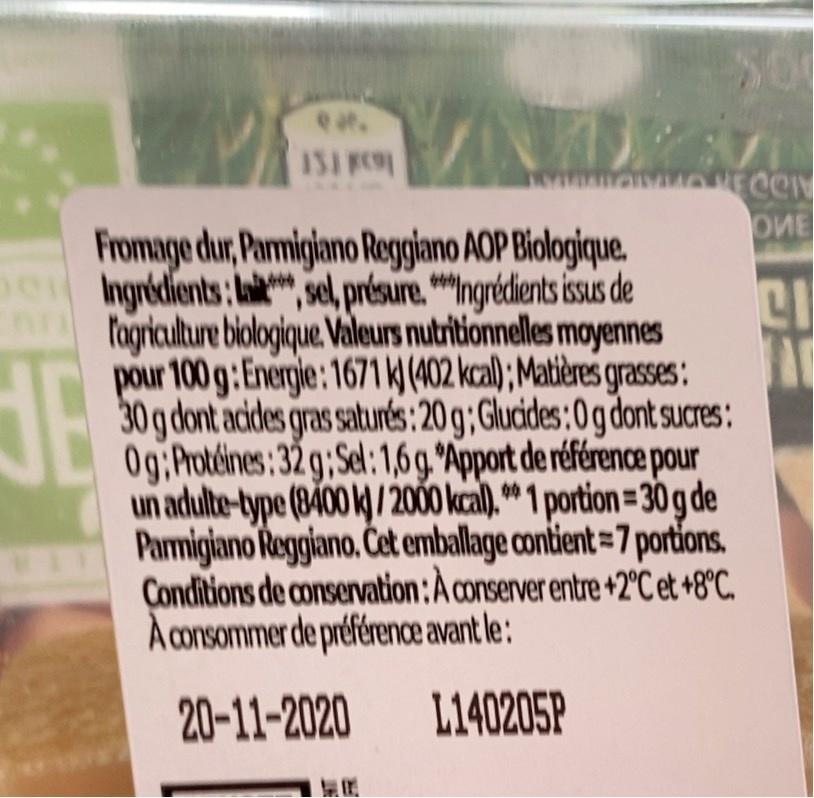
eat.
IS1 F
OME
Fromage dur, Parmigiano Reggiano AOP Biologique. e Ingredients: a, sel, présure. Ingrédients isus de fagriculture blologique. Valeurs nutritionnelles moyennes pour 100 g:Energie:1671(402 kcal) ; Matières grasses: 30g dont acides gras saturés: 20 g;Glucides:0g dont sucres: 0g;Protéines: 32 g;Sel: 1,6 g. Apport de référence pour un adulte-type (8400 k) /2000 kcal). " 1 portion=30 g de Parmigiano Reggiano. Čet emballage contient = 7 portions. Conditions de conservation:À conserver entre+2°C et +8°C. A consommer de préférence avant le:
20-11-2020
L140205P